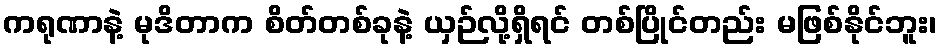
ကရုဏာနဲ့ မုဒိတာက စိတ်တစ်ခုနဲ့ ယှဉ်လို့ရှိရင် တစ်ပြိုင်တည်း မဖြစ်နိုင်ဘူး၊